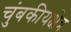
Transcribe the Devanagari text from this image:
चुंबकीयक्षेत्र